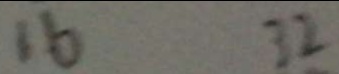
1 6 3 2